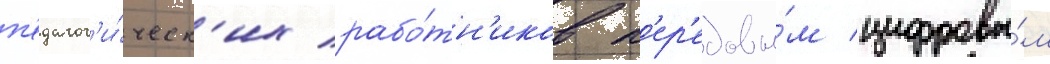
п'едагог'и́ческ'их рабо́тн'иков п'ер'едовы́м цифровы́м